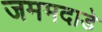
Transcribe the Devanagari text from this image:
जममदाडे